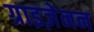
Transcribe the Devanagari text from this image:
ग्राइज़ेनन